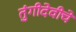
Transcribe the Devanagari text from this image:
तुंगीदेवीचे